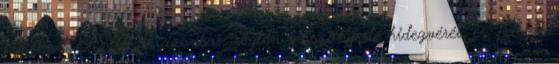
figyelmét. Az elnök azonban rögtön visszanyerte hidegvérét, és Libláb